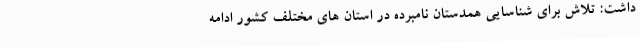
داشت: تلاش برای شناسایی همدستان نامبرده در استان های مختلف کشور ادامه